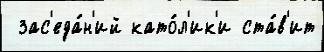
 зас'еда́н'ий като́л'ик'и ста́в'ит